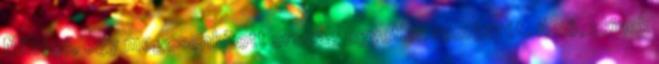
Miklóst, egy megcsonkított ország egyetlen reményét. A nő, akinek